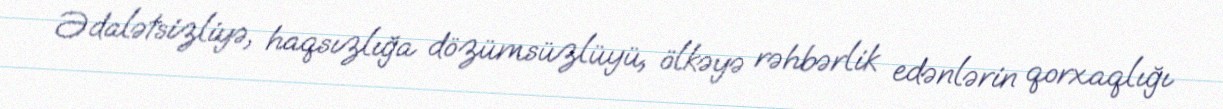
Ədalətsizliyə, haqsızlığa dözümsüzlüyü, ölkəyə rəhbərlik edənlərin qorxaqlığı